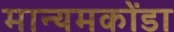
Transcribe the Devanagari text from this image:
मान्यमकोंडा